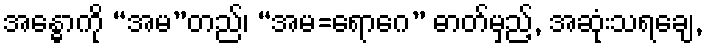
အန္ဓောကို “အမ”တည်၊ “အမ=ရောဂေ” ဓာတ်မှည့်, အဆုံးသရချေ,